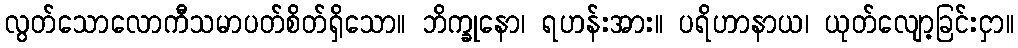
လွတ်သောလောကီသမာပတ်စိတ်ရှိသော။ ဘိက္ခုနော၊ ရဟန်းအား။ ပရိဟာနာယ၊ ယုတ်လျော့ခြင်းငှာ။